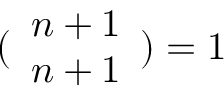
( \begin{array} { l } { n + 1 } \\ { n + 1 } \end{array} ) = 1